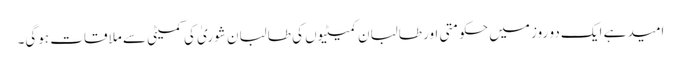
امید ہے ایک دو روز میں حکومتی اور طالبان کمیٹیوں کی طالبان شوریٰ کی کمیٹی سے ملاقات ہوگی۔